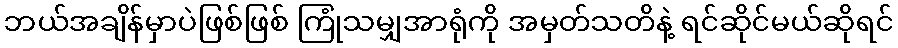
ဘယ်အချိန်မှာပဲဖြစ်ဖြစ် ကြုံသမျှအာရုံကို အမှတ်သတိနဲ့ ရင်ဆိုင်မယ်ဆိုရင်